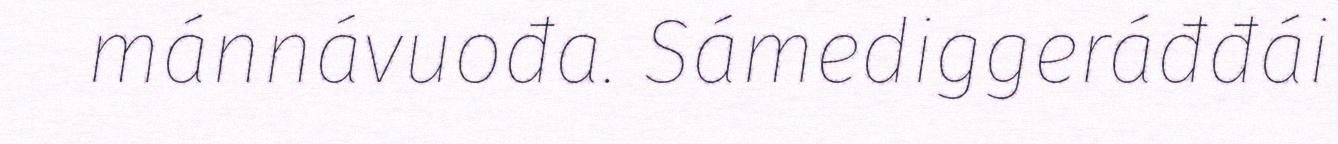
mánnávuođa. Sámediggeráđđái